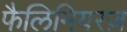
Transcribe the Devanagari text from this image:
फैलिमियरज़